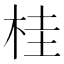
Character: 桂